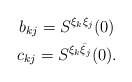
\begin{gather*}b_{kj}=S^{\xi_k \xi_j}(0)\\c_{kj}=S^{\xi_k\bar\xi_j}(0).\end{gather*}